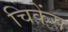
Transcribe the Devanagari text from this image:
चिकेंस